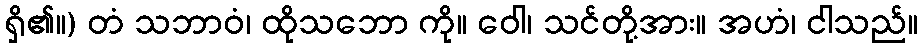
ရှိ၏။) တံ သဘာဝံ၊ ထိုသဘော ကို။ ဝေါ၊ သင်တို့အား။ အဟံ၊ ငါသည်။